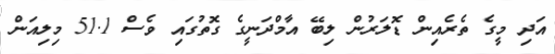
އަދި މީގެ ތެރެއިން ޑޮލަރުން ލިބޭ އާމްދަނީގެ ގޮތުގައި ވެސް 51.1 މިލިއަން